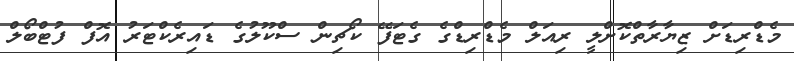
މެޑްރިޑަށް ޒިޔާރާތްކޮށްލީ ރިއަލް މެޑްރިޑްގެ ގެޓަފޭ ކޯޗިން ސްކޫލުގެ ޑައިރެކްޓަރު އޮފް ފުޓްބޯލް